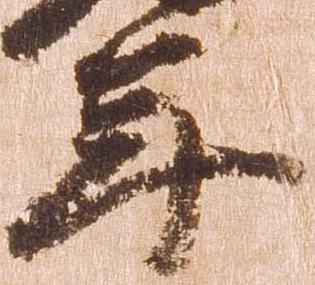
年